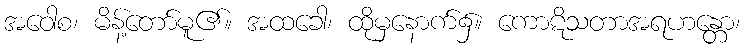
အဝေါစ၊ မိန့်တော်မူ၏။ အထခေါ၊ ထိုမှနောက်၌။ ကောဋိသတာအရဟန္တော၊